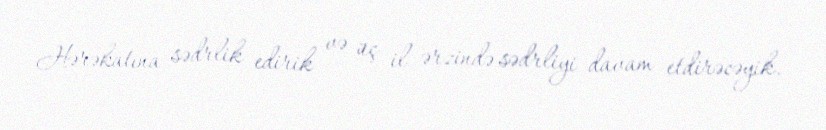
Hərəkatına sədrlik edirik və üç il ərzində sədrliyi davam etdirəcəyik.